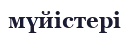
мүйістері